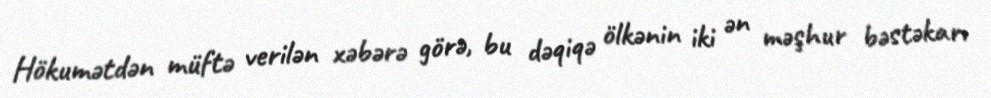
Hökumətdən müftə verilən xəbərə görə, bu dəqiqə ölkənin iki ən məşhur bəstəkarı